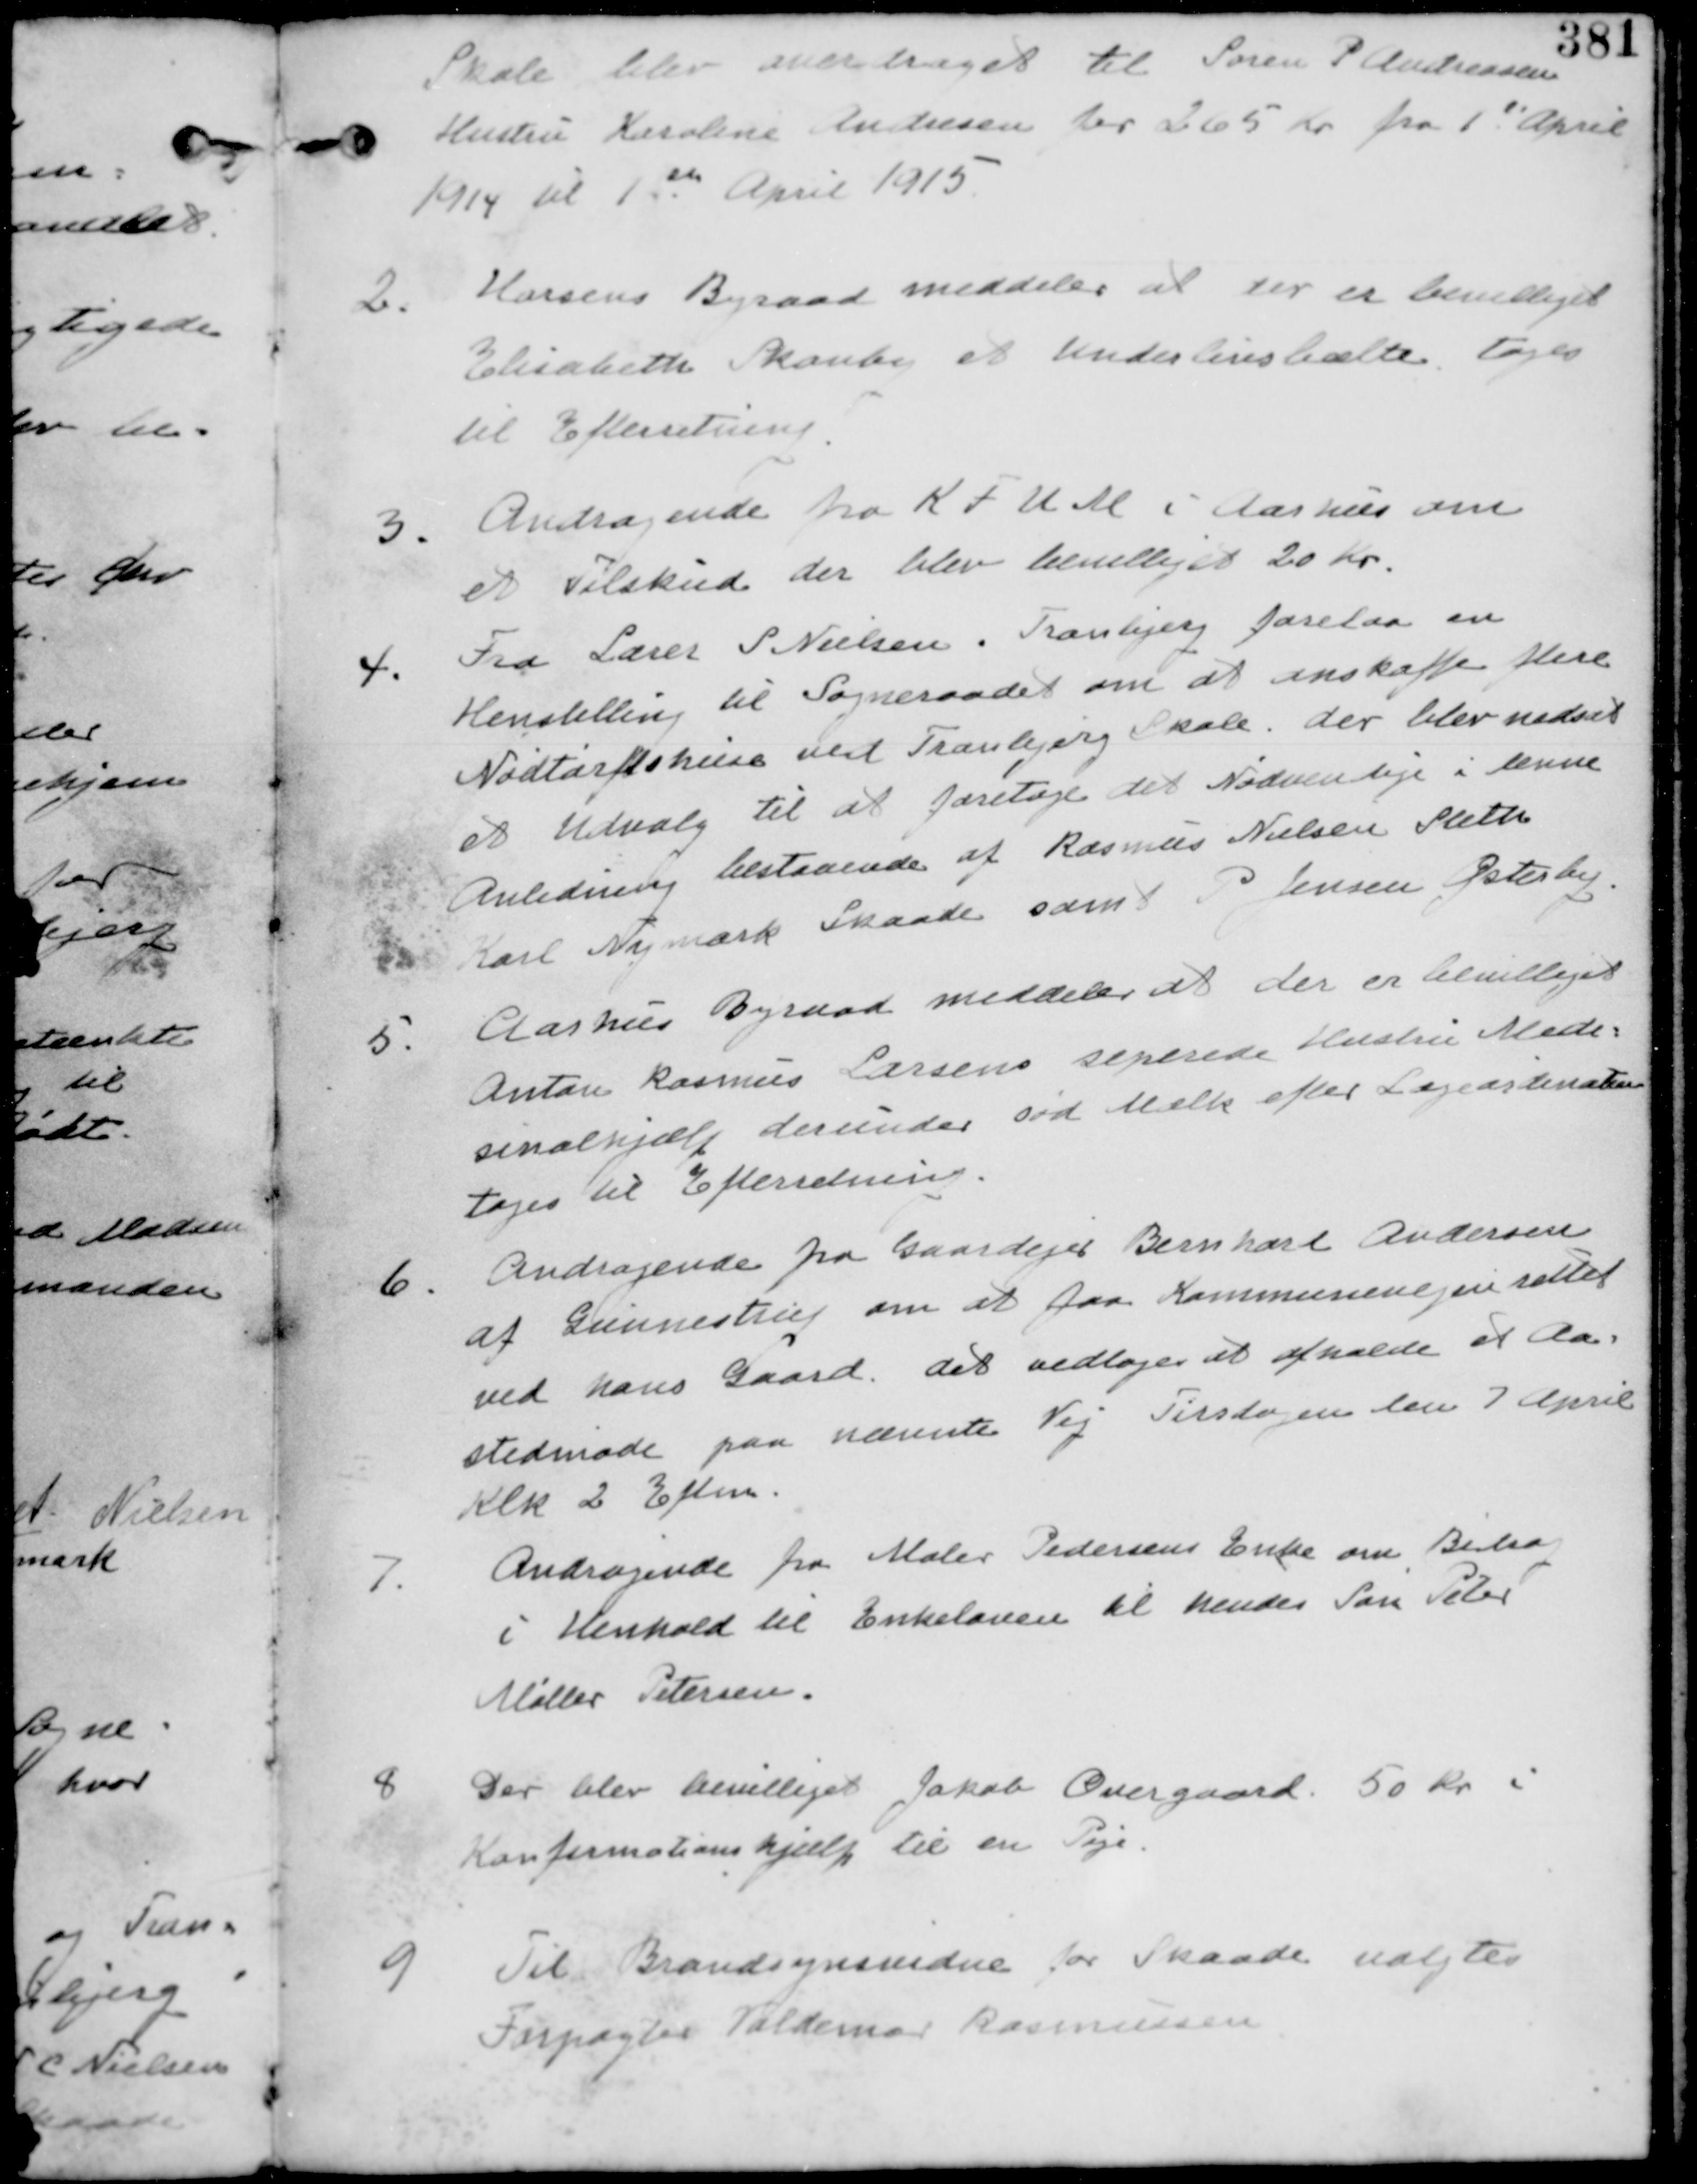
Transskription:
Skole blev overdraget til Søren P Andreasens
Hustru Karoline Andresen for 265 Kr fra 1th April
1914 til 1th April 1915

2. Horsens Byraad meddeler at der er bevilliget
Elisabeth Skoubo et Underlivsbælte. tages
til Efterretning.

3. Andragende fra KFUM i Aarhus om
et Tilskud. der blev bevilliget 20 Kr.

4.
Fra Lærer P Nielsen i Tranbjerg forelaa en
Henstilling til Sogneraadet om at anskaffe flere
Nødtørftshuse ved Tranbjerg Skole. der blev nedsat
et Udvalg til at foretage det Nødvendige i denne
Anledning bestaaende af Rasmus Nielsen Sleth
Karl Nymark Skaade samt P Jensen Østerby.

5.
Aarhus Byraad meddeler at der er bevilliget
Anton Rasmus Larsens seperede Hustru Mede-
sinalhjælp derunder sød Mælk efter Lægeordination
tages til Efterretning.

6.
Andragende fra Gaardejer Bernhart Andersen
af Gunnestrup om at faa Kommunevejen rullet
ved hans Gaard. det vedtages at afholde et Aa-
stedsmøde paa ovennævnte Vej Tirsdagen den 7 April
Klk 2 Eftm.

7.
Andragende fra Maler Pedersens Enke om Bidrag
i Henhold til Enkeloven til hendes Søn Peter
Møller Petersen.

8
Der blev bevilliget Jakob Overgaard 50 Kr i
Konfirmationshjælp til en Pige

9
Til Brandsynsvidne for Skaade valgtes
Forpagter Valdemar Rasmussen